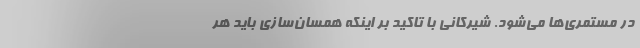
در مستمری‌ها می‌شود. شیرکانی با تاکید بر اینکه همسان‌سازی باید هر